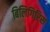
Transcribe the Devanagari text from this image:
बिलिगिरिस